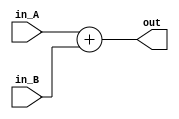
//
//inputin_A()
//       in_B()
//output:out()

module ADD(
    input [31:0] in_A,
    input [31:0] in_B,
    output [31:0]out
    );
    assign out = in_A + in_B;
endmodule